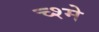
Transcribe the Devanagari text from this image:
च्श्मे